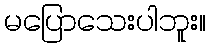
မပြောသေးပါဘူး။